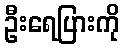
ဦးရေပြားကို